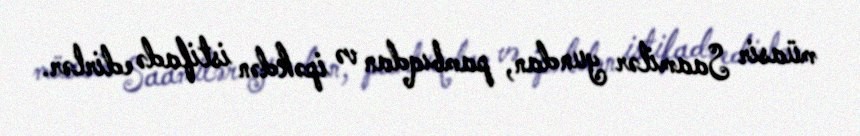
müasir Saamilər yundan, pambıqdan və ipəkdən istifadə edirlər.